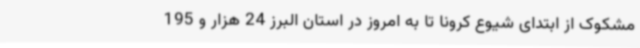
مشکوک از ابتدای شیوع کرونا تا به امروز در استان البرز 24 هزار و 195